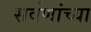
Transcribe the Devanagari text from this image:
सर्वणांच्या